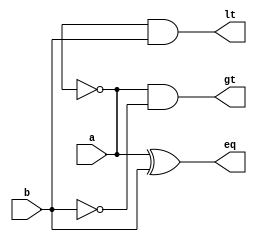
//1bit_comparator using structural style
module comparator_1bit_ss(a,b,gt,eq,lt);
input a,b;
output gt,eq,lt;
not(n1,b);
not(a,n2);
and(gt,a,n1);
xor(eq,a,b);
and(lt,n2,b);
endmodule